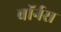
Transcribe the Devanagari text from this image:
बॉर्नस